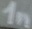
Text: 1n